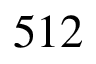
5 1 2